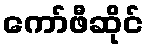
ကော်ဖီဆိုင်